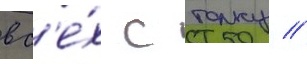
вс'е́х с толку //